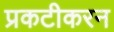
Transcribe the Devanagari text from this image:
प्रकटीकरन